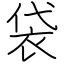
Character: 袋